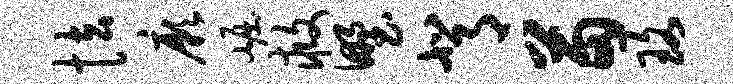
怯厥崛救野背苗珞